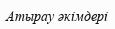
Атырау әкімдері